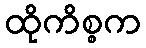
ထိုကိစ္စက